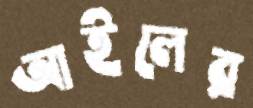
আইলের